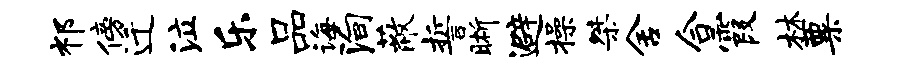
祁傍迁泣乐品诲殉蔽誓晰避操桀舍合霞林粟